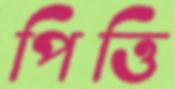
পিত্তি